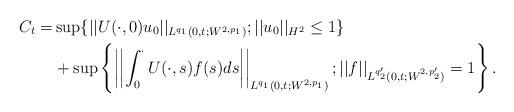
LaTeX: \begin{align*}C_t = & \sup \{||U(\cdot,0)u_0||_{L^{q_1}(0,t;W^{2,p_1})};||u_0||_{H^2}\le 1 \} \\&+\sup \left\{ \left| \left| \int_0^{\cdot}U(\cdot,s)f(s)ds \right| \right|_{L^{q_1}(0,t;W^{2,p_1})};||f||_{L^{q'_2}(0,t;W^{2,p'_2})}=1 \right\}.\end{align*}